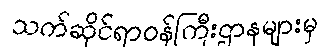
သက်ဆိုင်ရာဝန်ကြီးဌာနများမှ